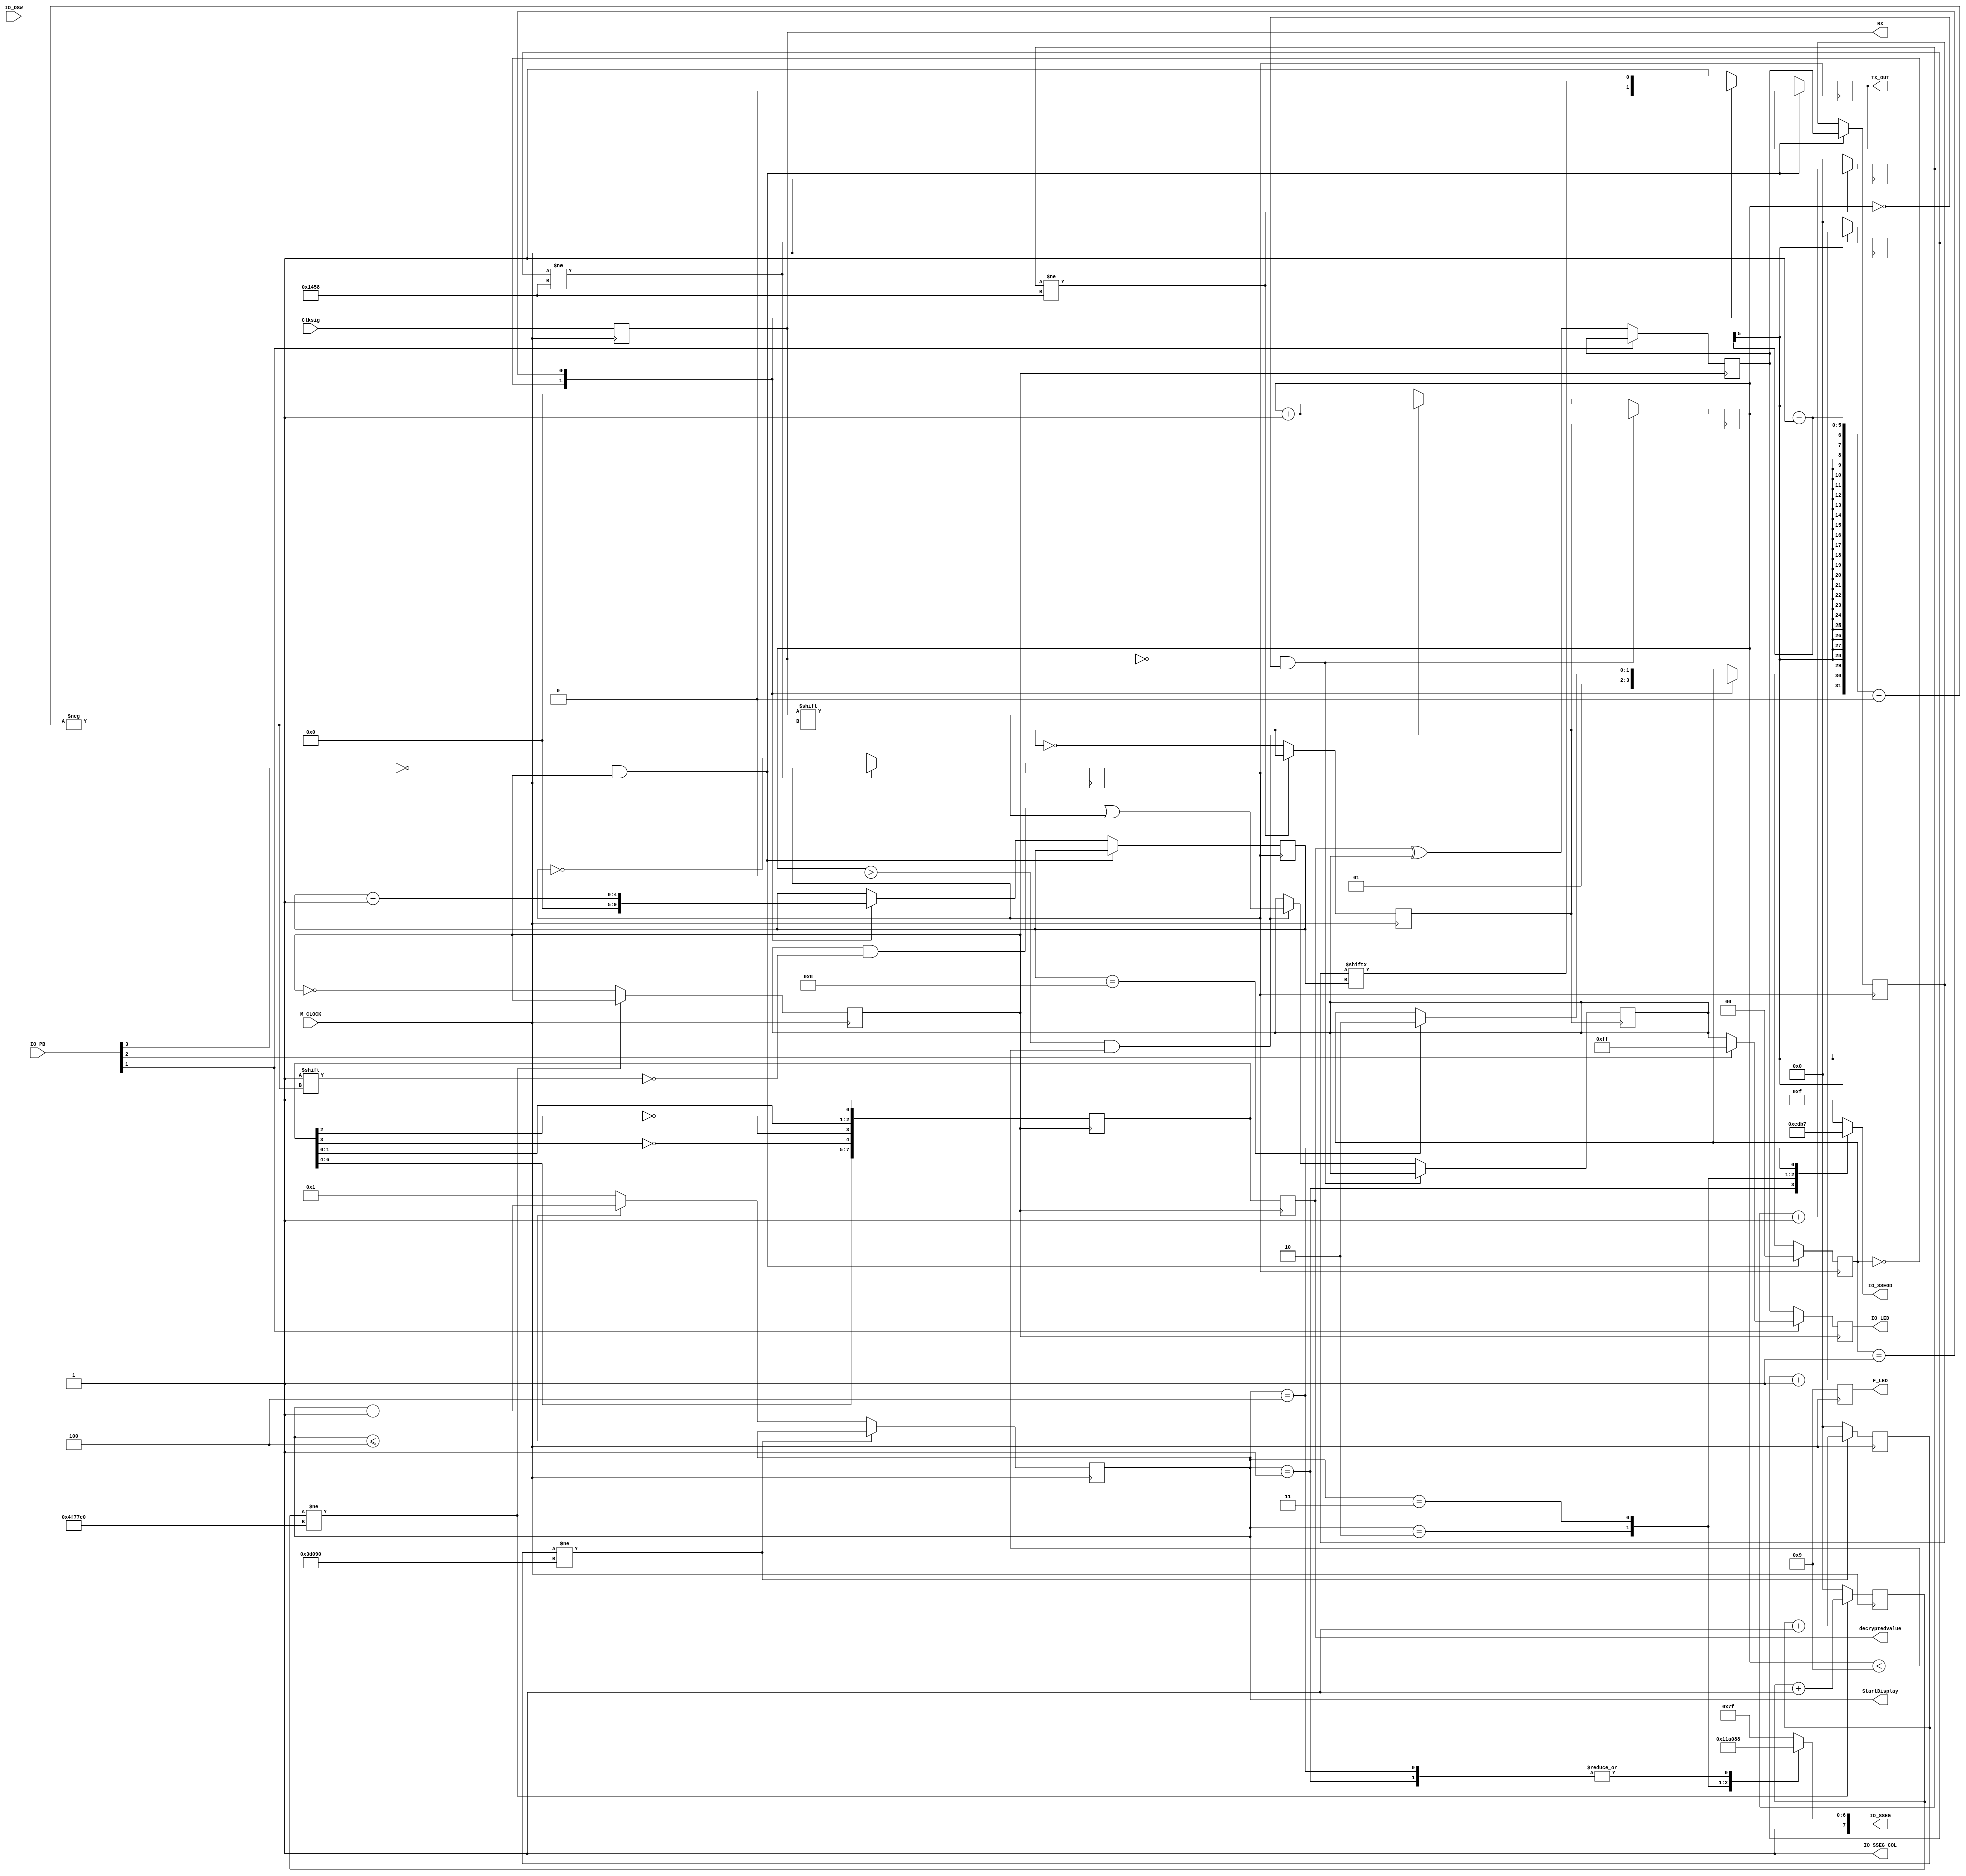
`timescale 1ns / 1ps
module Main(input M_CLOCK,	      // FPGA clock
		    input  [3:0] IO_PB,	         // IO Board Pushbutton Switch 
		    input  [7:0] IO_DSW,	// IO Board Dip Switchs
	    	 output reg [3:0] F_LED,	   // FPGA LEDs
	   	 output reg [7:0] IO_LED,	// IO Board LEDs
		    output reg [3:0] IO_SSEGD = 4'b1111, // IO Board Seven Segment Digits			
		    output reg [7:0] IO_SSEG, // 7=dp, 6=g, 5=f,4=e, 3=d,2=c,1=b, 0=a
			 output reg RX,  //Recieve buffer pin
			 output reg TX_OUT,  //TX buffer pin
			 input Clksig,	//Clock signal
			 output reg [7:0] decryptedValue,
			 output reg [3:0] StartDisplay,
			// output reg Sync,	//Sync clock signal
		    output IO_SSEG_COL);		// Seven segment column);
	
	reg [31:0] counter = 0;		// count the clock cycles
	reg [31:0] rxcounter = 0;
	reg [31:0] OFcounter = 0;	//Overflow counter for debouncer
	reg [1:0] state;
	reg [7:0] DSWdata = 0;	//Hold DIP SWITCH values
		reg [7:0] DSWdataTemp = 0;	//Hold DIP SWITCH values

	reg [4:0] shift = 0;		//Shifting the bit to correct LED
	reg [4:0] count = 0;
	reg overflow = 0;				//Timer overflow
	reg rxoverflow = 0;
	reg rxflag = 0;
	reg [7:0] Value = 255;		//LFSR seed value
	reg feedback, recieveFlag2, recieveFlag, recieveFlag3;
	reg decrpytFlag;
	reg [31:0] clkCounterOverflow;
	reg [7:0] outputData;
	//====================================
	assign IO_SSEG_COL = 1;		   // deactivate colon displays
	//assign IO_SSEGD = 4'b0000;	   // deactivate seven segment display
	//assign IO_SSEG = 8'b11111111;	// deactivate seven segment display
	//assign F_LED = 4'b0000;        // deactivate 4 LEDs
	

 always @(posedge M_CLOCK) 
		begin
		  if(clkCounterOverflow != 250000) clkCounterOverflow <= clkCounterOverflow + 1; 
			else 
				begin
					clkCounterOverflow <= 0;
					
					if(StartDisplay <= 4)
					StartDisplay = StartDisplay + 1;
					else StartDisplay = 1;
					
				 end
		 end
		 
		 
		 always @* 
	begin
		 case(StartDisplay)
		 3'b001:
			begin
					begin
						IO_SSEGD = 4'b1110;
						IO_SSEG = 8'b10001000;//R
					end
			end
		3'b010:
			begin
			IO_SSEGD = 4'b1101;
						IO_SSEG = 8'b11000110; //C
			end
		3'b011:
			begin
			IO_SSEGD = 4'b1011;
				IO_SSEG = 8'b11000001;//V
			end
		3'b100:
			begin
					IO_SSEGD = 4'b0111;
					IO_SSEG = 8'b10001000;//R
			end
		default: 
			begin
				IO_SSEGD = 4'b1111;
				IO_SSEG = 8'b11111111;
			end
		endcase
	end
		 

always @(posedge overflow) begin
feedback = 1;
//Decrypt data
  Value[0] <= feedback;
  Value[1] <= Value[0];
  Value[2] <= Value[1];
  Value[3] <= Value[2] ^ feedback;
  Value[4] <= Value[3] ^ feedback;	
  Value[5] <= Value[4];
  Value[6] <= Value[5];
  Value[7] <= Value[6];
//Take the DSWData that was sent ^
decryptedValue = Value;
end

//Decrypt the data
always @(posedge overflow) begin

if(~IO_PB[1]) begin
	outputData <= decryptedValue ^ DSWdata;	//Decrypted message shows if PushButton 1 is pressed
	IO_LED <= outputData;
	end
	else if(~IO_PB[2]) begin	//Displays Raw data sent (encrypted message)
			IO_LED <= DSWdata;
			end
	else
	IO_LED <= 8'b11111111;
	

end
	


//Debouncer
always@(posedge M_CLOCK) begin
		if(OFcounter != 5208000) begin 
			OFcounter <= OFcounter + 1;
		end
		else begin
			overflow = ~overflow;
			OFcounter <= 0;
			end
	end
	
	
always @(posedge M_CLOCK) begin
		RX <= Clksig;
		F_LED <= 4'b1001;
		end
	
	//5208
	always@(posedge M_CLOCK) begin
		if(rxcounter != 5208) begin 
			rxcounter <= rxcounter + 1;
		end
		else begin
			rxoverflow = ~rxoverflow;
			rxcounter <= 0;
			end
	end



	always@(posedge rxoverflow) begin
	
		if(RX == 0 && count == 0)
			count = count + 1;
		else if(count > 0 && count < 9) begin
			DSWdata[count - 1] <= RX;
			count = count + 1;
			end
			else
			count = 0;
	end
		

		
		reg StartTransmit = 0;       //Start TX transmission of DSWs
    reg [7:0] SendData = 0;      //Holds the data to be sent from the DSWs
    reg [4:0] TX_state_counter = 0;      //State counter for transmitting the DSWs Bits
    reg [31:0] TX_ClockCounter;      // TX Clock Cycles
    reg [1:0] TX_State;
	 reg [7:0] IO_DSWreg;
   
	reg StartReceive = 0;   //Start RX Receive of DSWs
	reg RX_StartBitRecieve = 0;
	reg [31:0] RX_ClockCounter = 0;

		
		//Transmit decrypted data back to check
		always @(posedge M_CLOCK) 
   begin
			  if(TX_ClockCounter != 5208) TX_ClockCounter <= TX_ClockCounter + 1;
			  else 
					 begin
						TX_ClockCounter <= 0; //Sets the Clock Counter to 0 and Starts Transmission
						StartTransmit <= ~StartTransmit;
						
					 end
    end
	 
	 
		
		always @(posedge StartTransmit)
    begin
      //Make sure when the DSW are changed the program will re-transmit the new DSW values
     if(~IO_PB[3] && overflow)
       begin
			IO_DSWreg = outputData;
         TX_State <= 0; //State starts at 0
         SendData = IO_DSWreg; //Sends the decoded data back to Sender
       end
     else
       begin
         case(TX_State)
           0: //State 0: Send Start Bit
             begin
             TX_OUT <= 0;      //Transmit Start bit to TX_OUT (0N0 PIN 148)
             TX_state_counter <= 0;
             TX_State <= 1;      //Set TX_State to 1
             end
           1: //State 1: Send initial Bit in Data and shift the next bit into 
             //Position SendData[0] until all data has been sent
             begin
                //Stores next bit to be sent in the SendData[0] by 
               //shifting the bits in SendData after every bit transmission
               TX_OUT <= SendData[TX_state_counter];
					TX_state_counter <= TX_state_counter + 1;
					
               if(TX_state_counter ==  8)
						TX_State <= 2;
               
             end
           2: //State 2: Send stop bit set the TX_state_counter to 0
             begin
               TX_OUT <= 1;      // Stop bit
             end

           default: //Set LED[0] to 1 if not active
             TX_OUT <= 1;
         endcase
       end
    end
		
endmodule